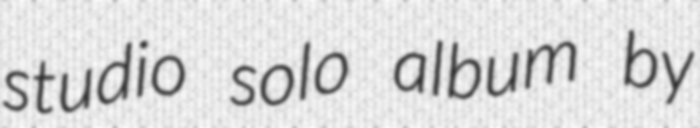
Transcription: studio solo album by